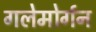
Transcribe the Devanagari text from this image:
गलेमोर्गन